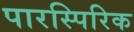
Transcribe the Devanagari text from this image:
पारस्पिरिक